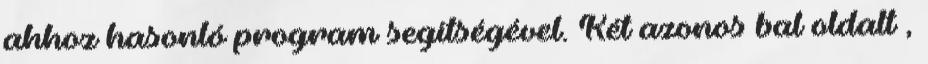
ahhoz hasonló program segítségével. Két azonos bal oldalt ,